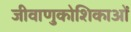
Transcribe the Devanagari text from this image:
जीवाणुकोशिकाओं